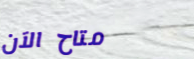
متاح الآن